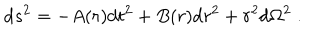
LaTeX: \mathrm { d } s ^ { 2 } = - A ( r ) \mathrm { d } t ^ { 2 } + B ( r ) \mathrm { d } r ^ { 2 } + r ^ { 2 } \mathrm { d } \Omega ^ { 2 } \; .